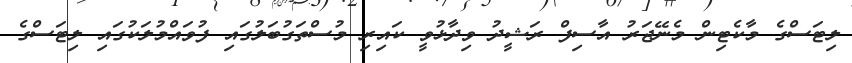
ލިޓަސްގެ މާކެޓިން މެނޭޖަރު އާސިފް ރަޝީދު ވިދާޅުވީ ކައިރި މުސްތަގުބަލުގައި ފުވައްމުލަކުގައި ލިޓަސްގެ